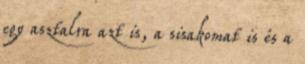
egy asztalra azt is, a sisakomat is és a